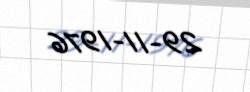
29-11-1976